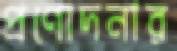
প্রণোদনার